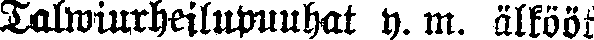
Talwiurheilupuuhat y. m. älkööt